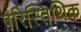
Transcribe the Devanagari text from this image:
परिस्तिथिक